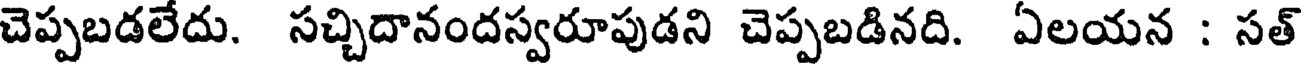
చెప్పబడలేదు. సచ్చిదానందస్వరూపుడని చెప్పబడినది. ఏలయన : సత్